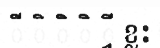
ី ិ ិ ិ ី្វ ខ្លះ